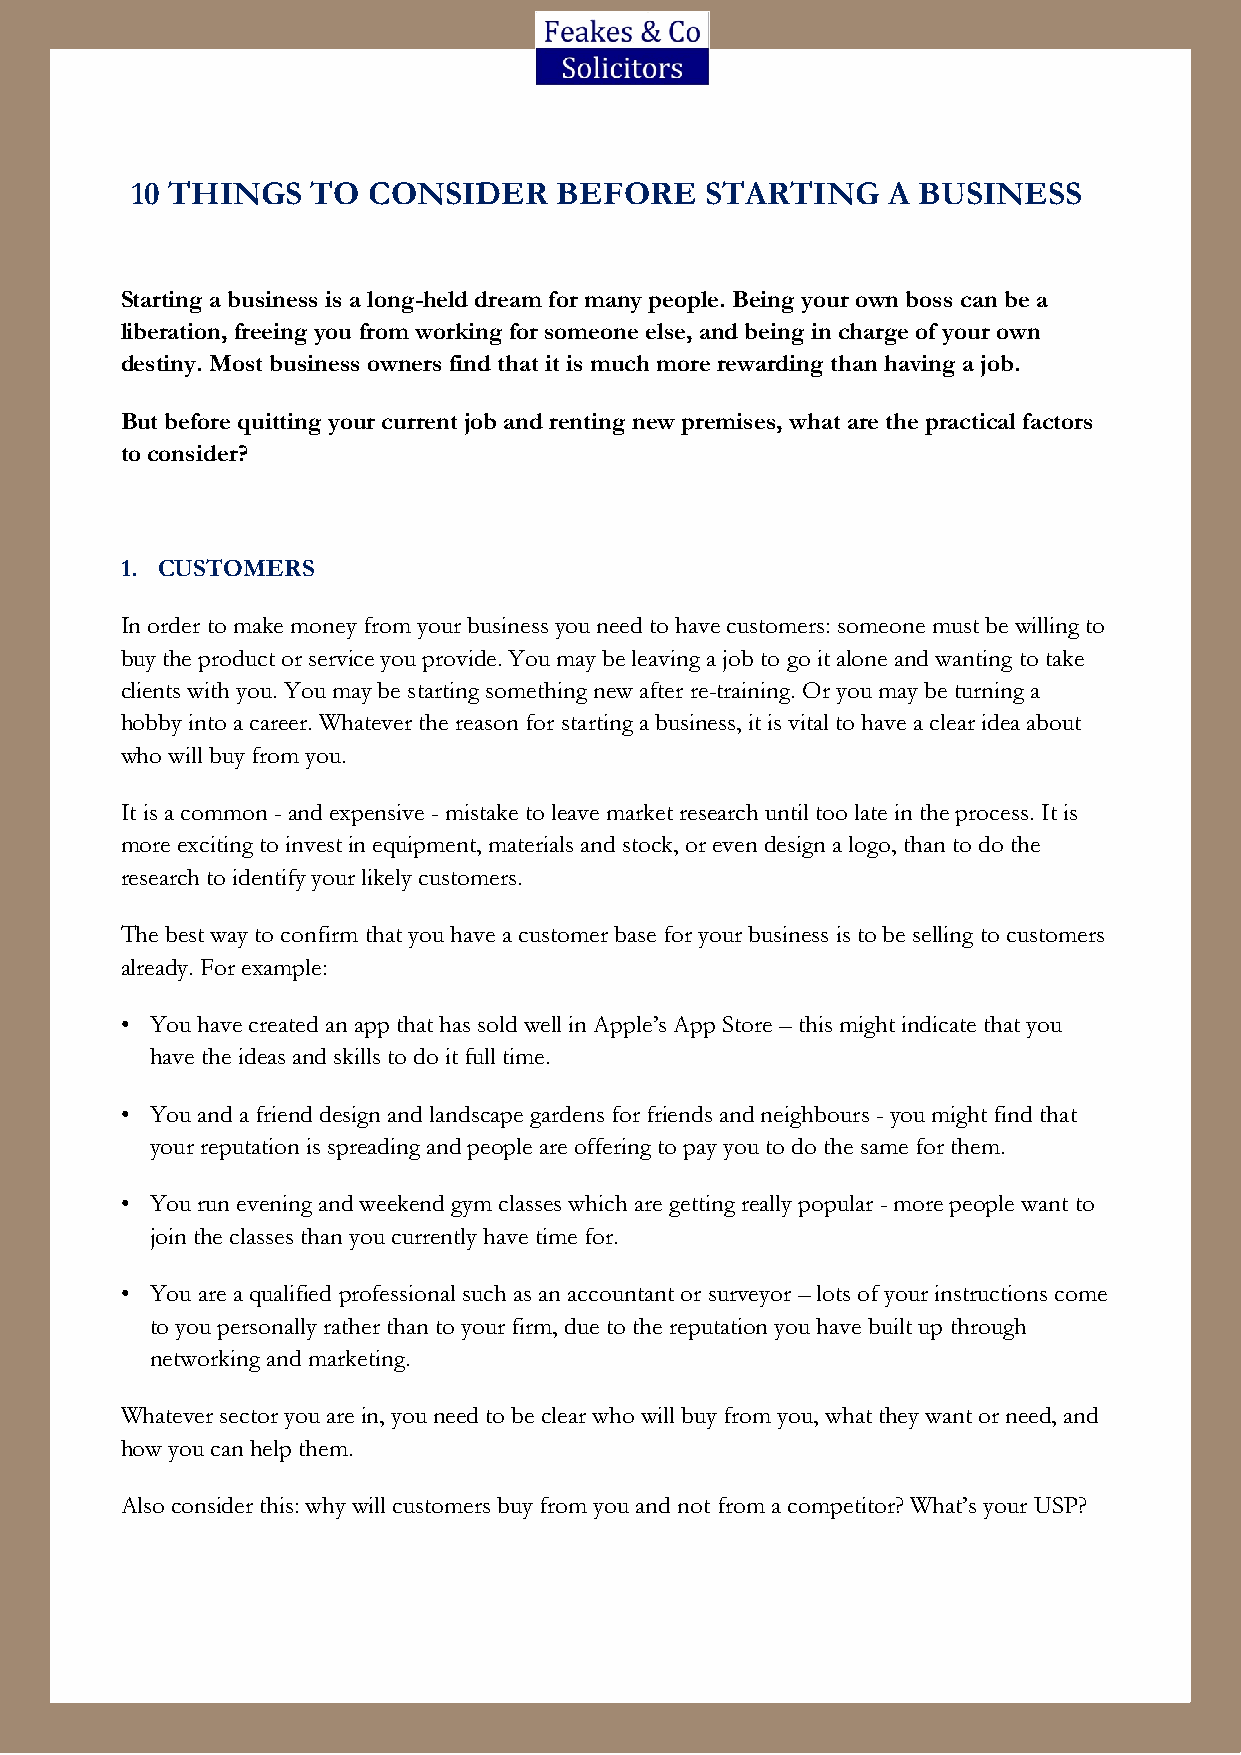
10 THINGS   TO CONSIDER     BEFORE    STARTING    A BUSINESS
 Starting a business is a long-held dream for many people. Being your own boss can be a
 liberation, freeing you from working for someone else, and being in charge of your own
 destiny. Most business owners find that it is much more rewarding than having a job.
 But before quitting your current job and renting new premises, what are the practical factors
 to consider?
 1. CUSTOMERS
 In order to make money from your business you need to have customers: someone must be willing to
 buy the product or service you provide. You may be leaving a job to go it alone and wanting to take
 clients with you. You may be starting something new after re-training. Or you may be turning a
 hobby into a career. Whatever the reason for starting a business, it is vital to have a clear idea about
 who will buy from you.
 It is a common - and expensive - mistake to leave market research until too late in the process. It is
 more exciting to invest in equipment, materials and stock, or even design a logo, than to do the
 research to identify your likely customers.
 The best way to confirm that you have a customer base for your business is to be selling to customers
 already. For example:
 • You have created an app that has sold well in Apple’s App Store – this might indicate that you
 have the ideas and skills to do it full time.
 • You and a friend design and landscape gardens for friends and neighbours - you might find that
 your reputation is spreading and people are offering to pay you to do the same for them.
 • You run evening and weekend gym classes which are getting really popular - more people want to
 join the classes than you currently have time for.
 • You are a qualified professional such as an accountant or surveyor – lots of your instructions come
 to you personally rather than to your firm, due to the reputation you have built up through
 networking and marketing.
 Whatever sector you are in, you need to be clear who will buy from you, what they want or need, and
 how you can help them.
 Also consider this: why will customers buy from you and not from a competitor? What’s your USP?